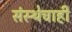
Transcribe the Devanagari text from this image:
संस्थेचाही